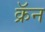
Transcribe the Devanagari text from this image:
क्रॅन